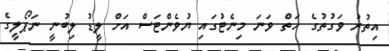
އިތުރު ވަގުތުގެ ހަތް ވަނަ މިނެޓުގައި ޔުވެންޓަސް އަށް ލީޑު ލިބުނީ ނަޕޯލީގެ